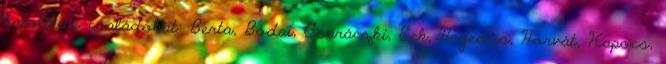
katolikus családokat: Berta, Bódai, Csaráczki, Eck, Hegedűs, Horvát, Kapocs,